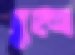
তুহনা